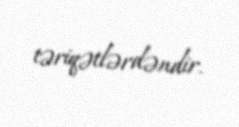
təriqətlərdəndir.